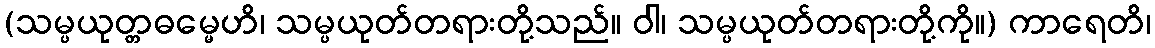
(သမ္ပယုတ္တဓမ္မေဟိ၊ သမ္ပယုတ်တရားတို့သည်။ ဝါ၊ သမ္ပယုတ်တရားတို့ကို။) ကာရေတိ၊